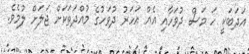
އަދަބަކީ ހަ މަސް ދުވަހާއި އެއް އަހަރު ދުވަހުގެ މުއްދަތަކަށް ޖަލަށް ލުމެވެ.